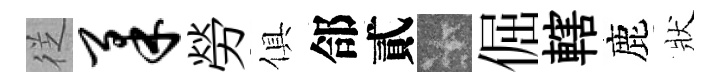
徔柔勞俱郃貳卡倔轄鹿狀